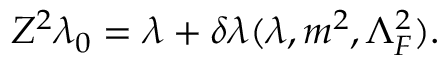
Z ^ { 2 } \lambda _ { 0 } = \lambda + \delta \lambda ( \lambda , m ^ { 2 } , \Lambda _ { F } ^ { 2 } ) .